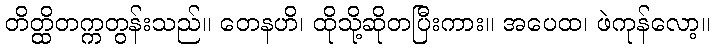
တိတ္ထိတက္ကတွန်းသည်။ တေနဟိ၊ ထိုသို့ဆိုတပြီးကား။ အပေထ၊ ဖဲကုန်လော့။